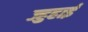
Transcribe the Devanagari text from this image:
ज्हुहाई